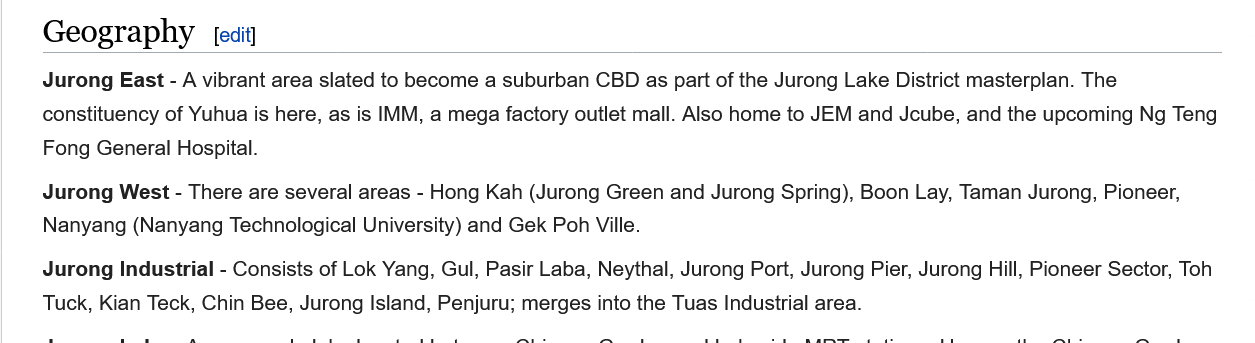
Geography
    Jurong East
    Jurong West -
     Jurong Industri:
    Jurong East - A vibrant area slated to become a suburban CBD as part of the Jurong Lake District masterplan. The
    constituency of Yuhua is here, as is IMM, a mega factory outlet mall. Also home to JEM and Jcube, and the upcoming Ng Teng
    Fong General Hospital.
    Jurong West - There are several areas - Hong Kah (Jurong Green and Jurong Spring), Boon Lay, Taman Jurong, Pioneer,
    Nanyang (Nanyang Technological University) and Gek Poh Ville.
    Jurong Industrial -
     Consists of Lok Yang, Gul, Pasir Laba, Neythal, Jurong Port, Jurong Pier, Jurong Hill, Pioneer Sector, Toh
    Tuck, Kian Teck, Chin Bee, Jurong Island, Penjuru; merges into the Tuas Industrial area.